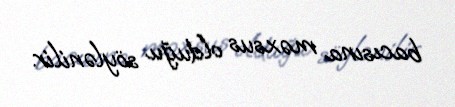
bacısına məxsus olduğu söylənilir.